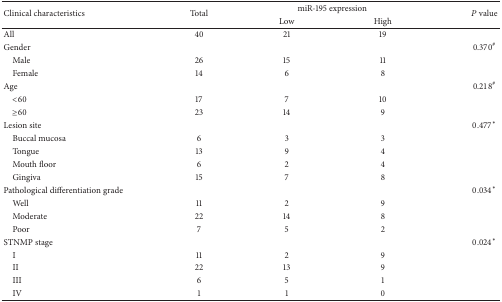
| <ROWSPAN=2> Clinical characteristics | <ROWSPAN=2> Total | <COLSPAN=2> miR-195 expression | <ROWSPAN=2> P value |
 | Low | High |
 | --- | --- | --- | --- | --- |
 | All | 40 | 21 | 19 |  |
 | Gender |  |  |  | 0.370# |
 | Male | 26 | 15 | 11 |  |
 | Female | 14 | 6 | 8 |  |
 | Age |  |  |  | 0.218# |
 | <60 | 17 | 7 | 10 |  |
 | ≥60 | 23 | 14 | 9 |  |
 | Lesion site |  |  |  | 0.477∗ |
 | Buccal mucosa | 6 | 3 | 3 |  |
 | Tongue | 13 | 9 | 4 |  |
 | Mouth floor | 6 | 2 | 4 |  |
 | Gingiva | 15 | 7 | 8 |  |
 | Pathological differentiation grade |  |  |  | 0.034∗ |
 | Well | 11 | 2 | 9 |  |
 | Moderate | 22 | 14 | 8 |  |
 | Poor | 7 | 5 | 2 |  |
 | STNMP stage |  |  |  | 0.024∗ |
 | I | 11 | 2 | 9 |  |
 | II | 22 | 13 | 9 |  |
 | III | 6 | 5 | 1 |  |
 | IV | 1 | 1 | 0 |  |